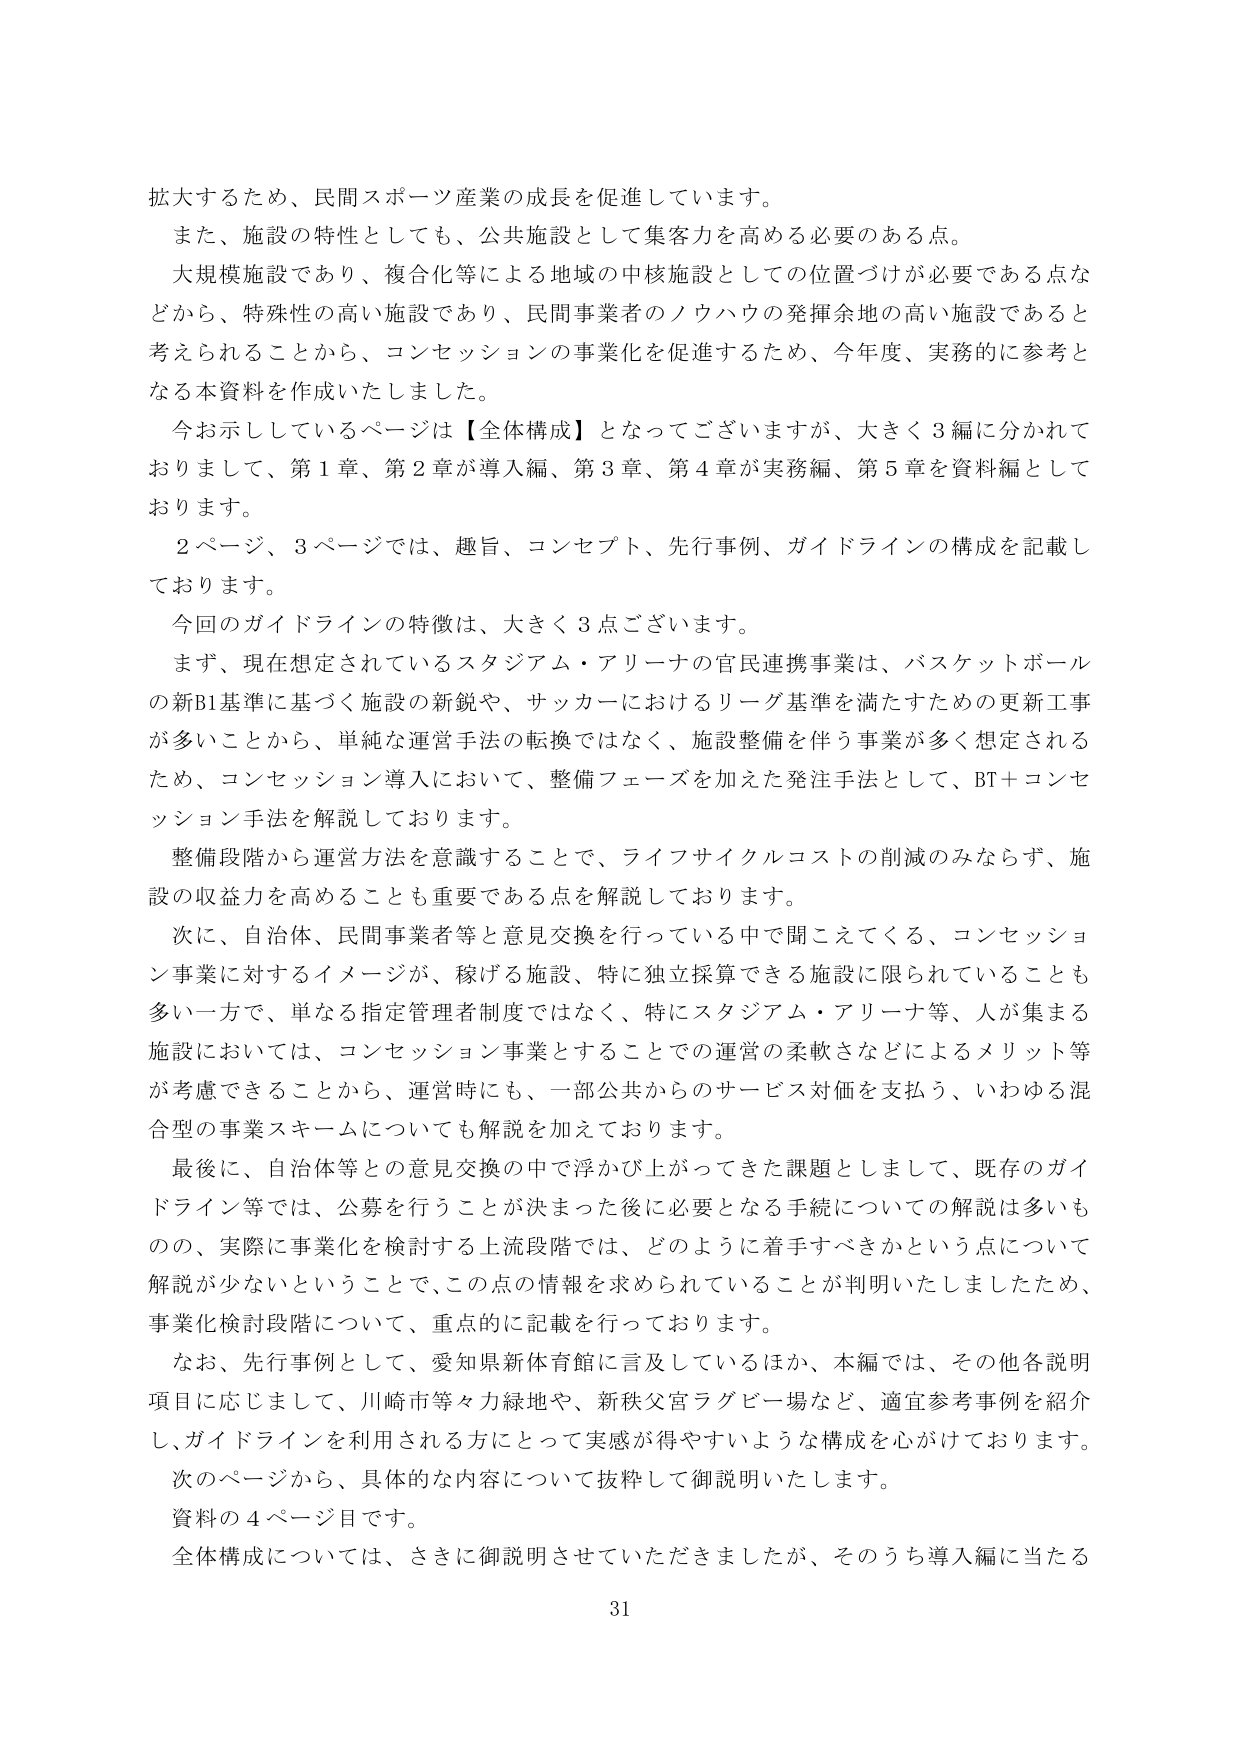
拡大するため、民間スポーツ産業の成長を促進しています。
また、施設の特性としても、公共施設として集客力を高める必要のある点。
大規模施設であり、複合化等による地域の中核施設としての位置づけが必要である点などから、特殊性の高い施設であり、民間事業者のノウハウの発揮余地の高い施設であると考えられることから、コンセッションの事業化を促進するため、今年度、実務的に参考となる本資料を作成いたしました。
今お示ししているページは【全体構成】となってございますが、大きく3編に分かれておりまして、第1章、第2章が導入編、第3章、第4章が実務編、第5章を資料編としております。
2ページ、3ページでは、趣旨、コンセプト、先行事例、ガイドラインの構成を記載しております。
今回のガイドラインの特徴は、大きく3点ございます。
まず、現在想定されているスタジアム・アリーナの官民連携事業は、バスケットボールの新B1基準に基づく施設の新鋭や、サッカーにおけるリーグ基準を満たすための更新工事が多いため、単純な運営手法の転換ではなく、施設整備を伴う事業が多く想定されるため、コンセッション導入において、整備フェーズを加えた発注手法として、BT＋コンセッション手法を解説しております。
整備段階から運営方法を意識することで、ライフサイクルコストの削減のみならず、施設の収益力を高めることも重要である点を解説しております。
次に、自治体、民間事業者等と意見交換を行っている中で聞こえてくる、コンセッション事業に対するイメージが、稼げる施設、特に独立採算できる施設に限られていることも多い一方で、単なる指定管理者制度ではなく、特にスタジアム・アリーナ等、人が集まる施設においては、コンセッション事業とすることで運営の柔軟さなどによるメリット等が考慮できることから、運営時にも、一部公共からのサービス対価を支払う、いわゆる混合型の事業スキームについても解説を加えております。
最後に、自治体等との意見交換の中で浮かび上がってきた課題としまして、既存のガイドライン等では、公募を行うことが決まった後に必要となる手続についての解説は多いものの、実際に事業化を検討する上流段階では、どのように着手すべきかという点について解説が少ないということで、この点の情報を求められていることが判明いたしましたため、事業化検討段階について、重点的に記載を行っております。
なお、先行事例として、愛知県新体育館に言及しているほか、本編では、その他各説明項目に応じまして、川崎市等々力緑地や、新秩父宮ラグビー場など、適宜参考事例を紹介し、ガイドラインを利用される方にとって実感が得やすいような構成を心がけております。
次のページから、具体的な内容について抜粋して御説明いたします。
資料の4ページ目です。
全体構成については、さきに御説明させていただきましたが、そのうち導入編に当たる
31